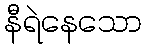
နီရဲနေသော